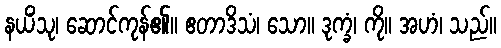
နယိံသု၊ ဆောင်ကုန်၏။ ဧတာဒိသံ၊ သော။ ဒုက္ခံ၊ ကို။ အဟံ၊ သည်။